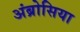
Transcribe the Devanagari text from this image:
अंब्रोसिया